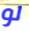
لو